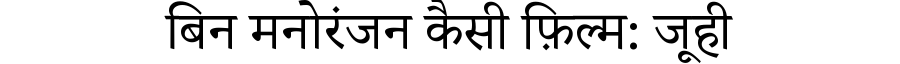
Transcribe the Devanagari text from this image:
बिन मनोरंजन कैसी फ़िल्म: जूही